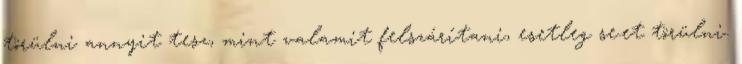
törülni annyit tesz, mint valamit felszárítani, esetleg se.et törülni.